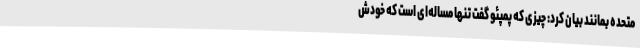
متحده بمانند بیان کرد: چیزی که پمپئو گفت تنها مساله‌ای است که خودش